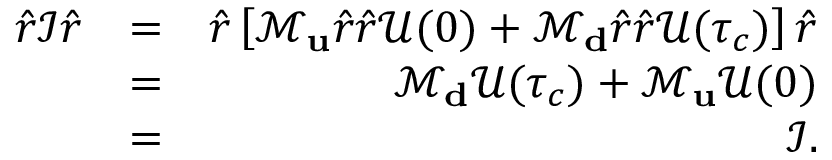
\begin{array} { r l r } { \hat { r } \mathcal { I } \hat { r } } & { = } & { \hat { r } \left[ \mathcal { M } _ { \bf u } \hat { r } \hat { r } \mathcal { U } ( 0 ) + \mathcal { M } _ { \bf d } \hat { r } \hat { r } \mathcal { U } ( \tau _ { c } ) \right] \hat { r } } \\ & { = } & { \mathcal { M } _ { \bf d } \mathcal { U } ( \tau _ { c } ) + \mathcal { M } _ { \bf u } \mathcal { U } ( 0 ) } \\ & { = } & { \mathcal { I } . } \end{array}